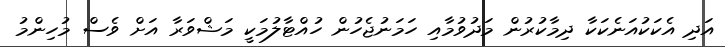
އަދި އެކަކުއަނެކަކާ ދިމާކުރުން މަދުވުމާއި ހަމަނުޖެހުން ހުއްޓާލުމަކީ މަޝްވަރާ އަށް ވެސް މުހިންމު